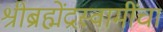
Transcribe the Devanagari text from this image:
श्रीब्रह्मेंद्रस्वामींचा